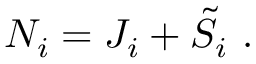
{ \cal N } _ { i } = J _ { i } + { \tilde { S } } _ { i } \ .